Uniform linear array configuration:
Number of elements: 8
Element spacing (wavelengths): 0.75
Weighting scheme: blackman
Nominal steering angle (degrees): -45
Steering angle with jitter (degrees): -46.942
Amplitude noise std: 0.05
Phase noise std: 0.05

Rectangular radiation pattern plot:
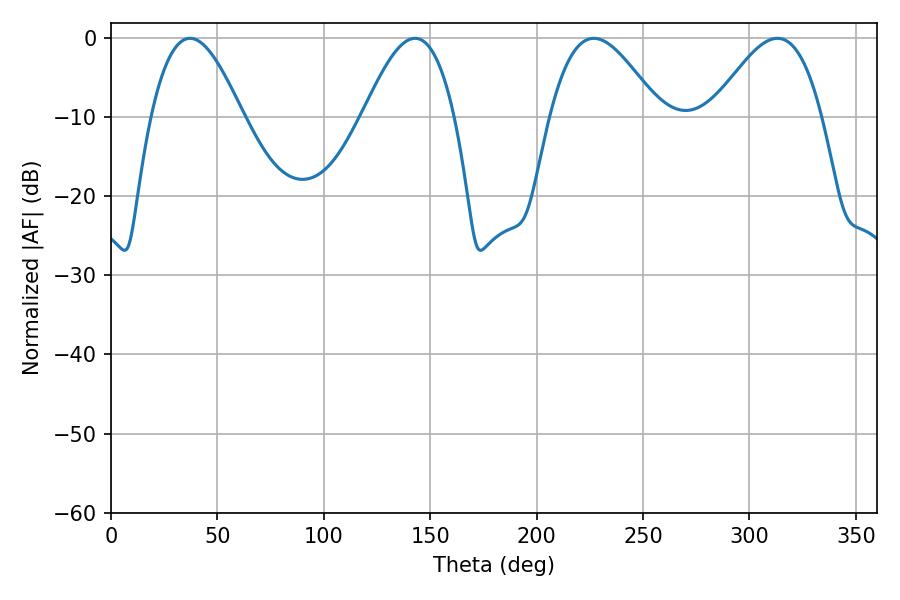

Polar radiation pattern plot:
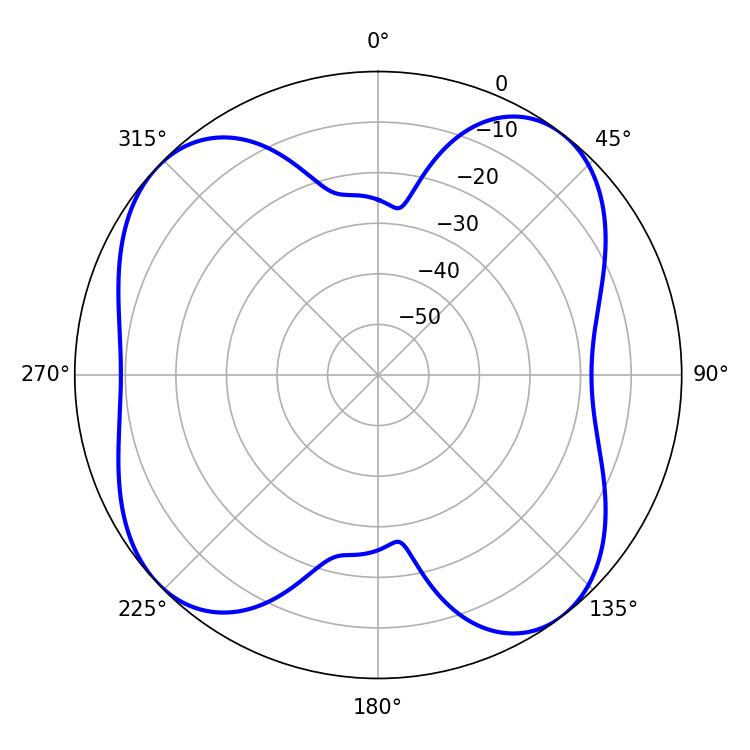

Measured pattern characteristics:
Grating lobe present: TRUE
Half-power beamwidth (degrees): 27.9
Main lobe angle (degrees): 226.8